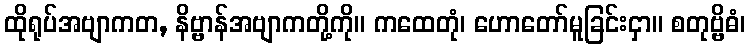
ထိုရုပ်အဗျာကတ, နိဗ္ဗာန်အဗျာကတို့ကို။ ကထေတုံ၊ ဟောတော်မူခြင်းငှာ။ စတုဗ္ဗိဓံ၊